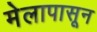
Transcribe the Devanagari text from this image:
मेलापासून